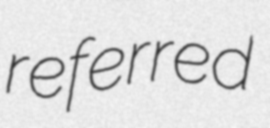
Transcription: referred